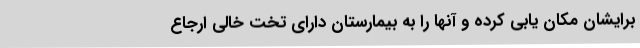
برایشان مکان یابی کرده و آنها را به بیمارستان دارای تخت خالی ارجاع